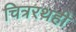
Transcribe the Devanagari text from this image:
चित्ररथही